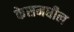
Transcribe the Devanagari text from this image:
केसमधील